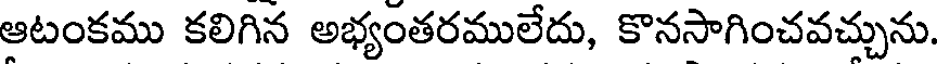
ఆటంకము కలిగిన అభ్యంతరములేదు, కొనసాగించవచ్చును.